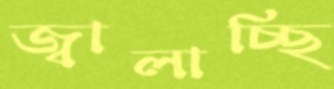
জ্বালাচ্ছি